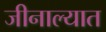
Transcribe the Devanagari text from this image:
जीनाल्यात